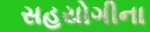
સહયોગીના